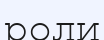
роли